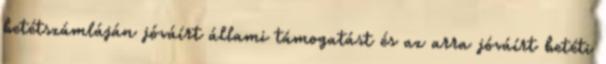
betétszámláján jóváírt állami támogatást és az arra jóváírt betéti